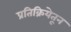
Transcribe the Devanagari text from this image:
प्रतिक्रियेतून